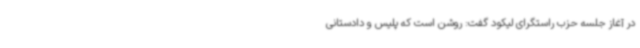
در آغاز جلسه حزب راستگرای لیکود گفت: روشن است که پلیس و دادستانی